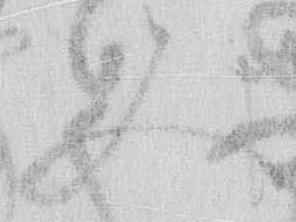
又